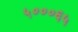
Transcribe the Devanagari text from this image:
५०००६५